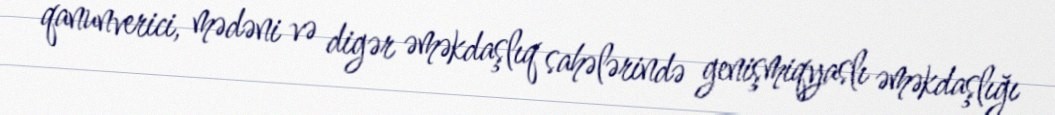
qanunverici, mədəni və digər əməkdaşlıq sahələrində genişmiqyaslı əməkdaşlığı